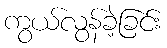
ကွယ်လွန်ခဲ့ခြင်း